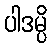
ပါဒမ္ပိ